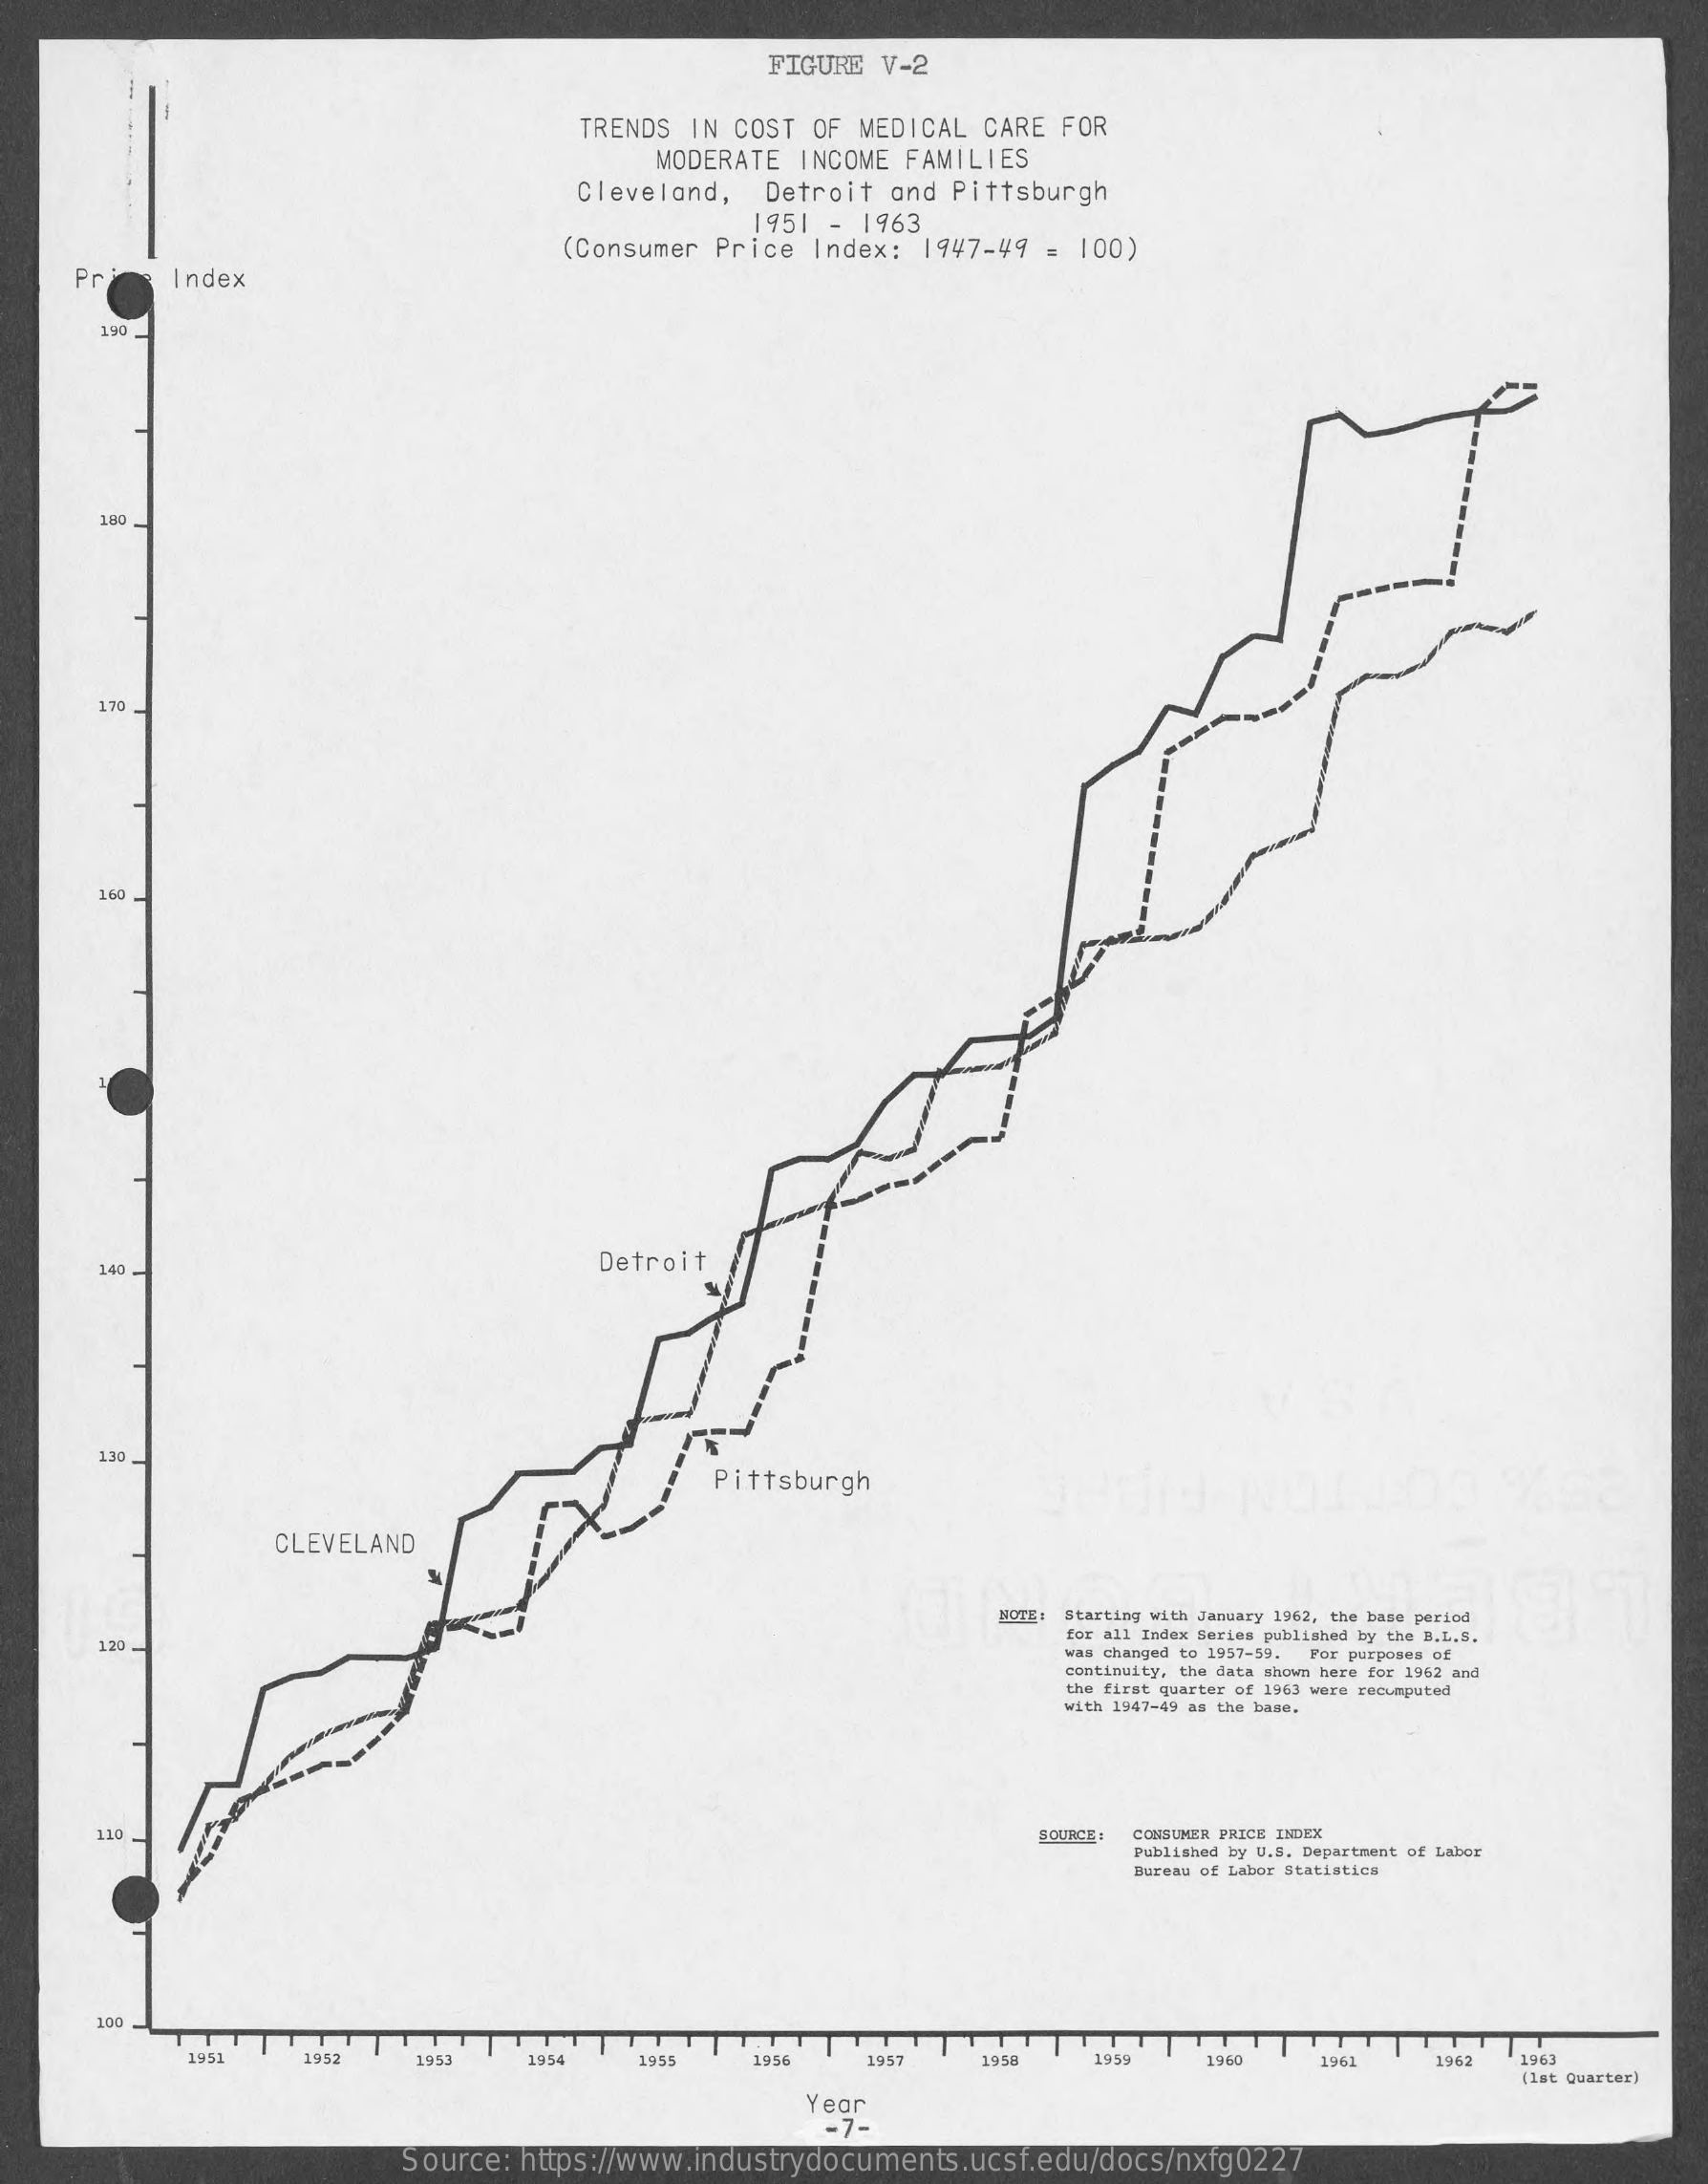
FIGURE  V-2
     TRENDS IN COST OF MEDICAL CARE FOR
     MODERATE INCOME FAMILIES
     Cleveland,  Detroit and Pittsburgh
     1951 - 1963
     (Consumer Price Index: 1947-49  = 100)
     Pr    Index
     190
     180.
     170
     160
     140.    Detroit
     130.
     Pittsburgh
     CLEVELAND
     NOTE: Starting with January 1962, the base period
     1.20
     for all Index Series published by the B.L.5.
     was changed to 1957-59. For purposes of
     continuity, the data shown here for 1962 and
     the first quarter of 1963 were recomputed
     with 1947-49 as the base.
     110.    SOURCE : CONSUMER PRICE INDEX
     Published by U.S. Department of Labor
     Bureau of Labor Statistics
     100
     1951   1952    1953   1954   1955    1956   1957    1958   1959   1960    1961   1962  1963
     (1st Quarter)
     Year
     -7-
     Source: https://www.industrydocuments.ucsf.edu/docs/nxfg0227